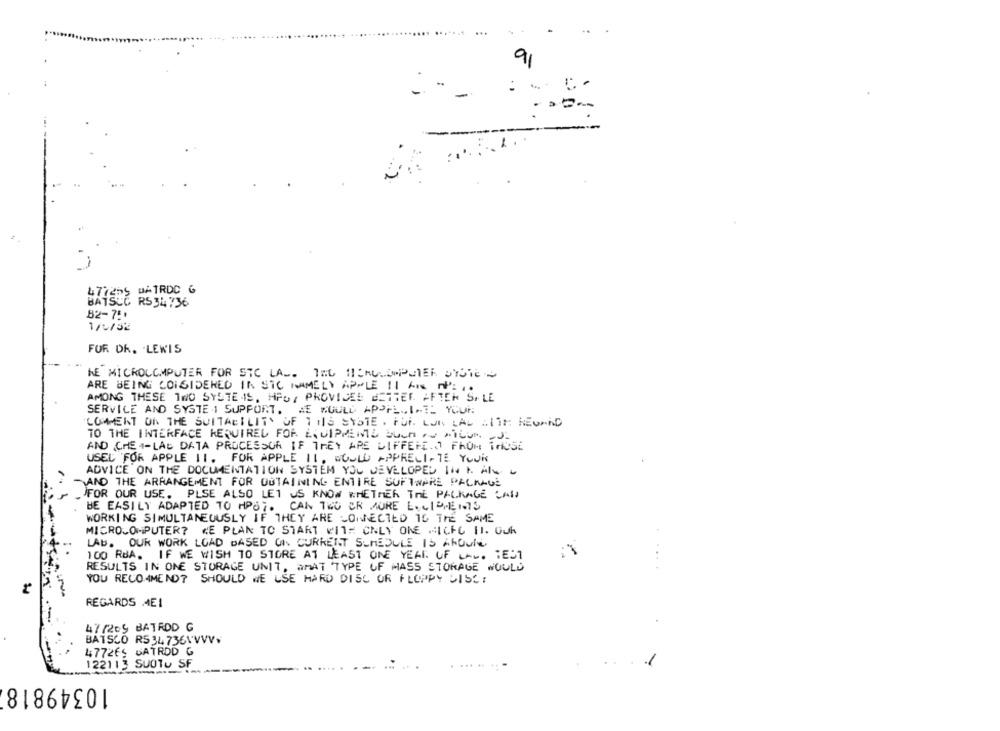
91
:
-
-
DATRDC G
BATSUC R$ 34736
82-75*
1/4/52
FOR DR. . LEWIS
ME MICROCOMPUTER FOR SIC LA .. THE HENGLOMPUTER PRICE
ARE BEING CONSIDERED IN STC NAMELY APPLE II Ais : ..
AMONG THESE TWO SYSTE IS, HPO, PROVIDES BETTER AFTER S. LE
SERVICE AND SYSTE 1 SUPPORT. HE WOULD APPRECIATE YOUR
COMMENT ON THE SUITABILITY OF THIS SYSTE. FOR. CON LAS WITH REGARD
TO THE INTERFACE REQUIRED FOR EINIPPENTE BUCH AU AILUN -S.
AND CHE 4-LAG DATA PROCESSOR IF THEY ARE DIFFERENT FROM THOSE
USED FOR APPLE 11.
FOR APPLE II, WOULD APPRECIATE YOUR
ADVICE ON THE DOCUMENTATION SYSTEM YOU DEVELOPED IN I. AI
AND THE ARRANGEMENT FOR OBTAINING ENTIRE SOFTWARE PACKAGE
FOR OUR USE.
PLSE ALSO LET US KNOW WHETHER THE PACKAGE LAW
BE EASILY ADAPTED TO HP07. CAN TWO OR MORE LOWID,ENTS
WORKING SIMULTANEOUSLY IF THEY ARE CONNECTED 16 THE SAME
MICROCOMPUTER? WE PLAN TO START WITH ONLY ONE HILFC 11. Ouk
LAB. OUR WORK LOAD BASED ON CURRENT SCHEDULE IS AROUTE
100 RUA. IF WE WISH TO STORE AT LEAST ONE YEAR OF LAW. TEST
RESULTS IN ONE STORAGE UNIT, WHAT TYPE OF MASS STORAGE WOULD
YOU RECOMMEND? SHOULD WE USE HARD DISC OR FLOPPY DISC
REGARDS MEI
47/265 BATROD G
BATSCO R534736VVVV.
477265 BATRDD G
122113 SUOTO SF
10349818